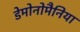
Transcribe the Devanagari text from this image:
डेमोनोमैनिया